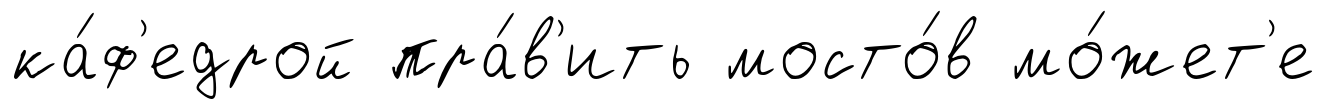
ка́ф'едрой пра́в'ить мосто́в мо́жет'е